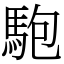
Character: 䮀